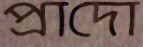
প্রাদো